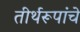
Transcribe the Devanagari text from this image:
तीर्थरूपांचे